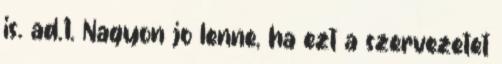
is. ad.1. Nagyon jo lenne, ha ezt a szervezetet